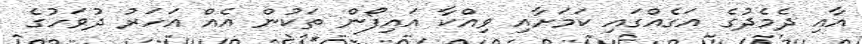
އާއި ދެމެދުގެ އަގެއްގައި ކަމަށާއި ވިއްކާ އައިފޯން ތަކުން އެއް އަހަރު ދުވަހުގެ